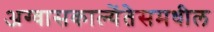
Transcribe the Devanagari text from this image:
अग्वासकाल्येंतेसमधील